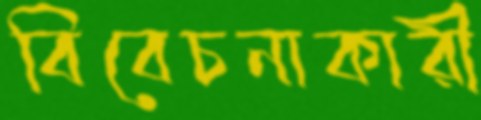
বিবেচনাকারী